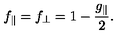
f _ { \parallel } = f _ { \perp } = 1 - \frac { g _ { \parallel } } { 2 } .